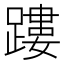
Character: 𨄜